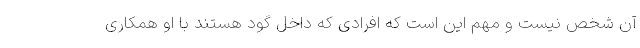
آن شخص نیست و مهم این است که افرادی که داخل گود هستند با او همکاری